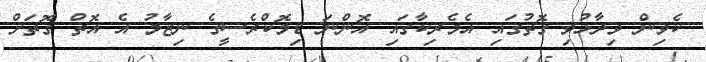
ކެވިން ވިދާޅުވި ގޮތުގައި އެމެރިކާގައި އޮންނަ ޑިމޮކްރެސީގެ ނިޒާމު އެ އޮތް ގޮތަށް